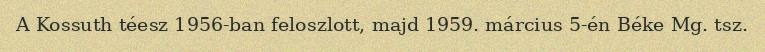
A Kossuth téesz 1956-ban feloszlott, majd 1959. március 5-én Béke Mg. tsz.